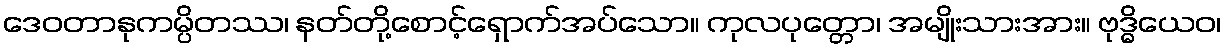
ဒေဝတာနုကမ္ပိတဿ၊ နတ်တို့စောင့်ရှောက်အပ်သော။ ကုလပုတ္တော၊ အမျိုးသားအား။ ဗုဒ္ဓိယေဝ၊